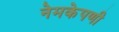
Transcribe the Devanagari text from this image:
नेमकेपणी